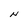
Character: N